Report on sanitation, dispensaries, and jails in Rajputana for 1920, and on vaccination for the year 1920-1921 - 1920-1921
Year: 1920
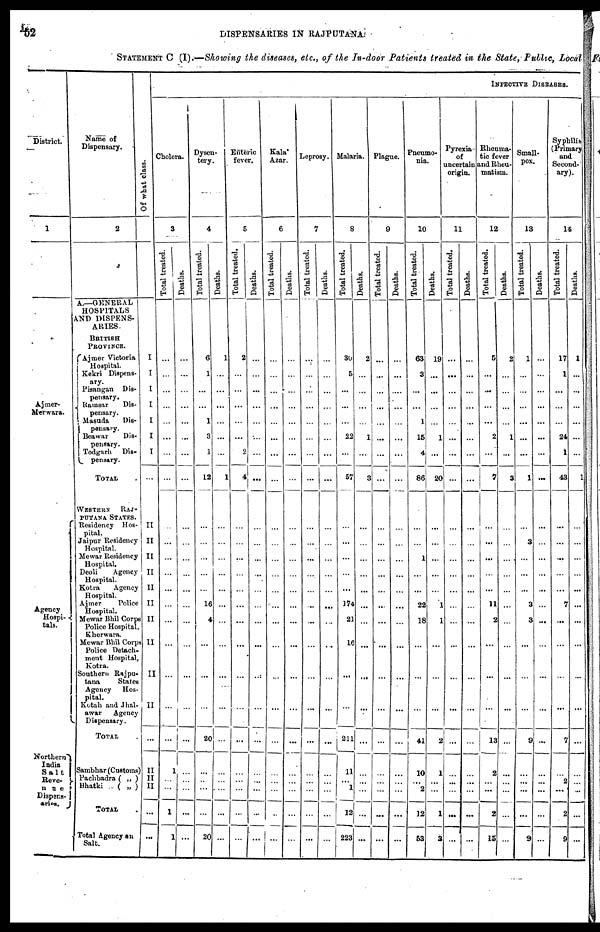
52
DISPENSARIES IN RAJPUTANA.
STATEMENT C (I).—Showing the diseases, etc., of the In-door Patients treated in the State, Public, Local
District.
1
Ajmer¬
Merwara.
Agency
Hospi¬
tals.
Northern
India
Salt
Reve¬
nue
Dispens¬
Name of
Dispensary.
2
A.—GENERAL
HOSPITALS
AND DISPENS-
ARIES.
BRITISH
PROVINCE.
Ajmer Victoria
Hospital.
Kekri Dispens¬
ary.
Pisangan Dis-
pensary.
Ramsar
Dis¬
pensary.
Masuda
Dis¬
pensary.
Beawar
Dis¬
pensary.
Todgarh Dis¬
pensary.
TOTAL
WESTERN
RAJ¬
PUTANA STATES.
Residency Hos-
pital.
Jaipur Residency
Hospital.
Mewar Residency
Hospital.
Deoli
Agency
Hospital.
Kotra
Agency
Hospital.
Ajmer
Police
Hospital.
Mewar Bhil Corps
Police Hospital,
Kherwara.
Mewar Bhil Corp
Police Detach-
ment Hospital.
Kotra.
Southern Rajpu¬
tana
States
Agency Hos-
pital.
Kotah and Jhal¬
awar
Agency
Dispensary.
TOTAL .
Sambhar (Customs)
Pachbadra ( „ )
Bhatki .. ( „ )
TOTAL.
Total Agency and
Salt.
Of what class.
I
I
I
...
...
...
...
...
II
II
II
II
II
II
II
II
II
II
...
II
II
II
...
...
INFECTIVE DISEASES.
Cholera.
3
Total treated.
...
...
...
...
...
...
...
...
...
...
...
...
...
...
...
...
...
...
...
1
...
...
1
1
Deaths.
...
...
...
...
...
...
...
...
...
...
...
...
...
...
...
...
...
...
...
...
...
...
...
...
Dysen-
tery.
4
Total treated.
6
1
...
...
1
3
1
12
...
...
...
...
...
16
4
...
...
...
20
...
...
...
...
20
Deaths.
1
...
...
...
...
...
...
1
...
...
...
...
...
...
...
...
...
...
...
...
...
...
...
...
Enteric
fever.
5
Total treated.
2
...
...
...
...
...
2
4
...
...
...
...
...
...
...
...
...
...
...
...
...
...
...
...
Deaths.
...
...
...
...
...
...
...
...
...
...
...
...
...
...
...
...
...
...
...
...
...
...
...
Kala
Azar.
6
Total treated.
...
...
...
...
...
...
...
...
...
...
...
...
...
...
...
...
...
...
...
...
...
...
...
...
Deaths.
...
...
...
...
...
...
...
...
...
...
...
...
...
...
...
...
...
...
...
...
...
...
...
...
Leprosy.
7
Total treated.
...
...
...
...
...
...
...
...
...
...
...
...
...
...
...
...
...
...
...
...
...
...
...
...
Deaths.
...
...
...
...
...
...
...
...
...
...
...
...
...
...
...
...
...
...
...
...
...
...
...
....
Malaria.
8
Total treated.
30
5
...
...
...
22
...
57
...
...
...
...
...
174
21
16
...
...
211
11
...
1
12
223
Deaths.
2
...
...
...
...
1
...
3
...
...
...
...
...
...
...
...
...
...
...
...
...
...
...
...
Plague.
9
Total treated.
...
...
...
...
...
...
...
...
...
...
...
...
...
...
...
...
...
...
...
...
...
...
...
...
Deaths.
...
...
....
...
...
...
...
...
...
...
...
...
...
...
...
...
...
...
...
...
...
...
...
...
Pneumo-
nia.
10
Total treated.
63
3
...
...
1
15
4
86
...
...
1
...
...
22
18
...
...
...
41
10
...
2
12
53
Deaths.
19
...
...
...
...
1
...
20
...
...
...
...
...
1
1
...
...
...
2
1
...
...
1
3
Pyrexia
of
uncertain
origin.
11
Total treated.
...
...
...
...
...
...
...
...
...
...
...
...
...
...
...
...
...
...
...
...
...
...
...
...
Deaths.
...
...
...
...
...
...
...
...
...
...
...
...
...
...
...
...
...
...
...
...
...
...
...
...
Rheuma-
tic fever
and Rheu-
matism.
12
Total treated.
5
...
...
...
...
2
...
9
...
...
...
...
...
11
2
...
...
...
13
2
...
...
2
15
Deaths.
2
...
...
...
...
1
...
3
...
...
...
...
...
...
...
...
...
...
...
...
...
...
...
...
Small-
pox.
13
Total treated.
1
...
...
...
...
...
...
1
...
3
...
...
...
3
3
...
...
...
9
...
...
...
...
9
Deaths.
...
...
...
...
...
...
...
...
...
...
...
...
...
...
...
...
...
...
...
...
...
...
...
...
Syphilis
(Primary
and
Second-
ary).
14
Total treated.
17
1
...
...
...
24
1
43
...
...
...
...
...
7
...
...
...
...
7
...
2
...
2
9
Deaths.
1
...
...
...
...
...
...
1
...
...
...
...
...
...
...
...
...
...
...
...
...
...
...
...